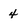
Character: 4